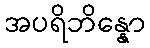
အပရိဘိန္နော